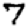
Digit: 7